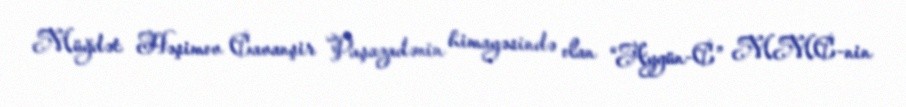
Müğdət Həşimov Cavanşir Paşazadənin himayəsində olan “Aygün-C” MMC-nin